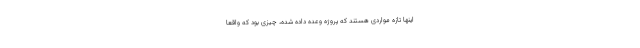
اینها تازه مواردی هستند که پروژه وعده داده شده، چیزی بود که واقعا